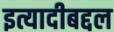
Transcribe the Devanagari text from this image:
इत्यादीबद्दल